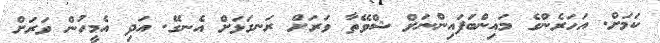
ކަމަށް. އަހަރެންގެ މައިންބަފައިންނަށް ޝްވޭތާ ވަރަށް ރަނގަޅަށް އެނގޭ. އަދި އެމީހުން ވަރަށް